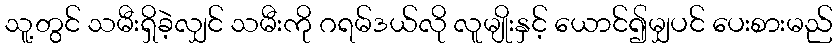
သူ့တွင် သမီးရှိခဲ့လျှင် သမီးကို ဂရမ်ဒယ်လို လူမျိုးနှင့် ယောင်၍မျှပင် ပေးစားမည်